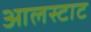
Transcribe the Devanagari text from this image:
आलस्टाट